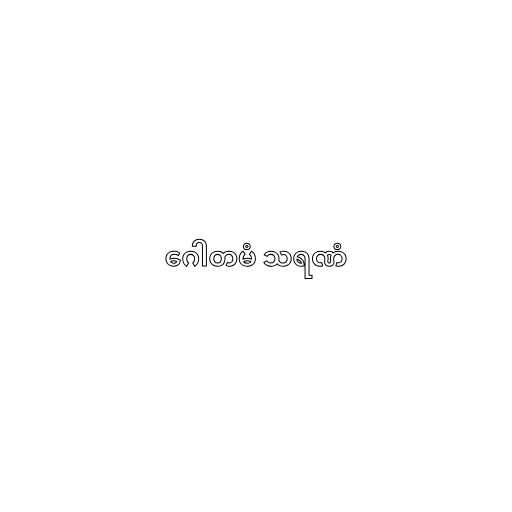
ဂေါတမံ သရဏံ